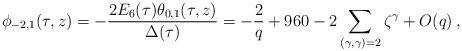
LaTeX: \begin{align*}\phi_{-2,1}(\tau,z)=-\frac{2E_6(\tau) \theta_{0,1}(\tau,z)}{\Delta(\tau)}= - \frac{2}{q}+960-2\sum_{(\gamma,\gamma)=2} \zeta^\gamma +O(q)\,,\end{align*}